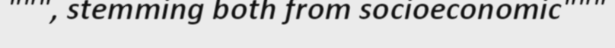
""", stemming both from socioeconomic"""